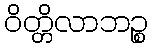
ဝိတ္တိလာဘဉ္စ